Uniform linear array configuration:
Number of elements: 4
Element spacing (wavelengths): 0.5
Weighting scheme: blackman
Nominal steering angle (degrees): -45
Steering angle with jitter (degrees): -43.998
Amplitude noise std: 0.05
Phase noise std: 0.05

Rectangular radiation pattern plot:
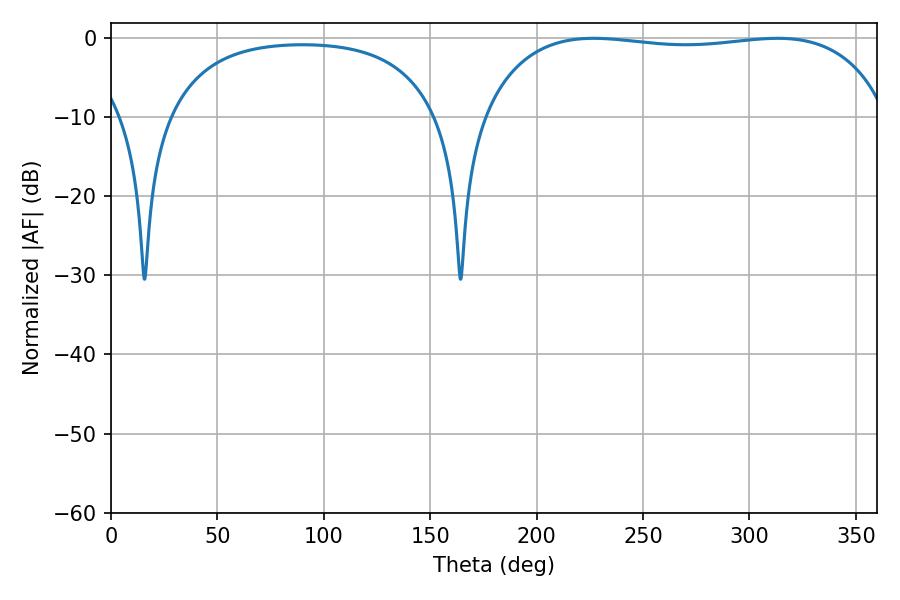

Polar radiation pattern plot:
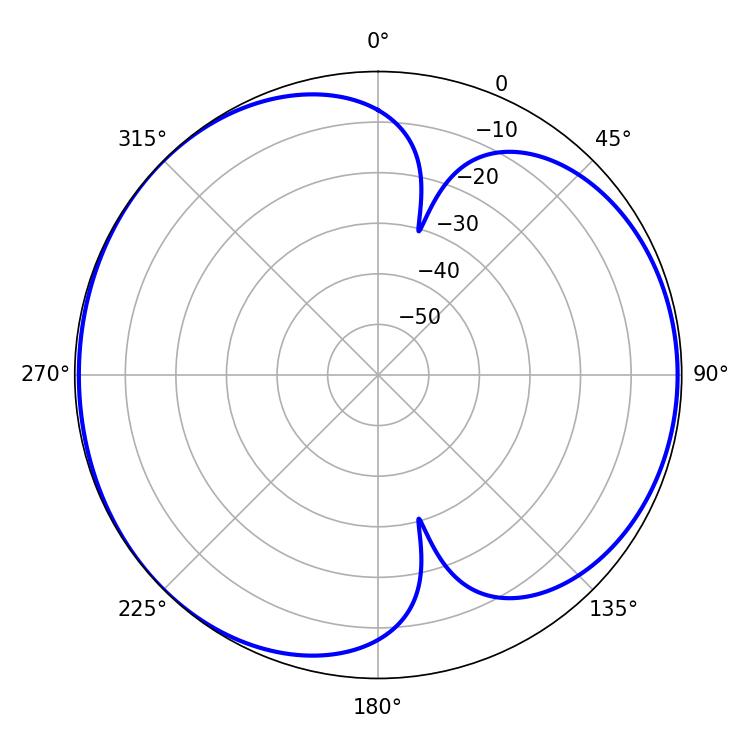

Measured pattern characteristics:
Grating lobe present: FALSE
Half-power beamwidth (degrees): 153.36
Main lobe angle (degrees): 226.8